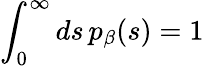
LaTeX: \int_{0}^{\infty}ds\, p_{\beta}(s)=1